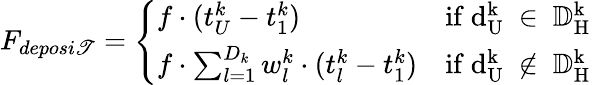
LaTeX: F_{deposi\mathscr{T}}=\left\{ \begin{array}{ll}{f\cdot(t_{U}^{k}-t_{1}^{k})}&{\mathrm{if~d_U^k~\in~{\mathbb{D}^k_H}~}}\\ {f\cdot\sum_{l=1}^{D_{k}}w_{l}^{k}\cdot(t_{l}^{k}-t_{1}^{k})}&{\mathrm{if~d_U^k~\notin~{\mathbb{D}^k_H}~}}\end{array}\right.